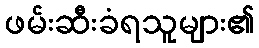
ဖမ်းဆီးခံရသူများ၏